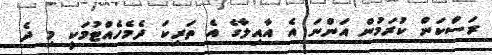
ރަސްކަން ކުރަމުން އަންނަ އެ އާއިލާގެ އެ ތަރިކަ ދެމެހެއްޓުމަކީ މި ދެ